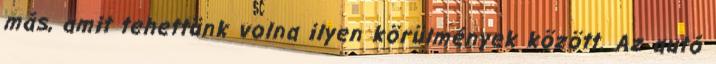
más, amit tehettünk volna ilyen körülmények között. Az autó